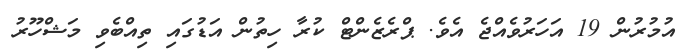
އުމުރުން 19 އަހަރުވެއްޖެ އެވެ. ޕްރެޒެންޓް ކުރާ ހިތުން އަޑުގައި ތިއްބެވި މަޝްހޫރު